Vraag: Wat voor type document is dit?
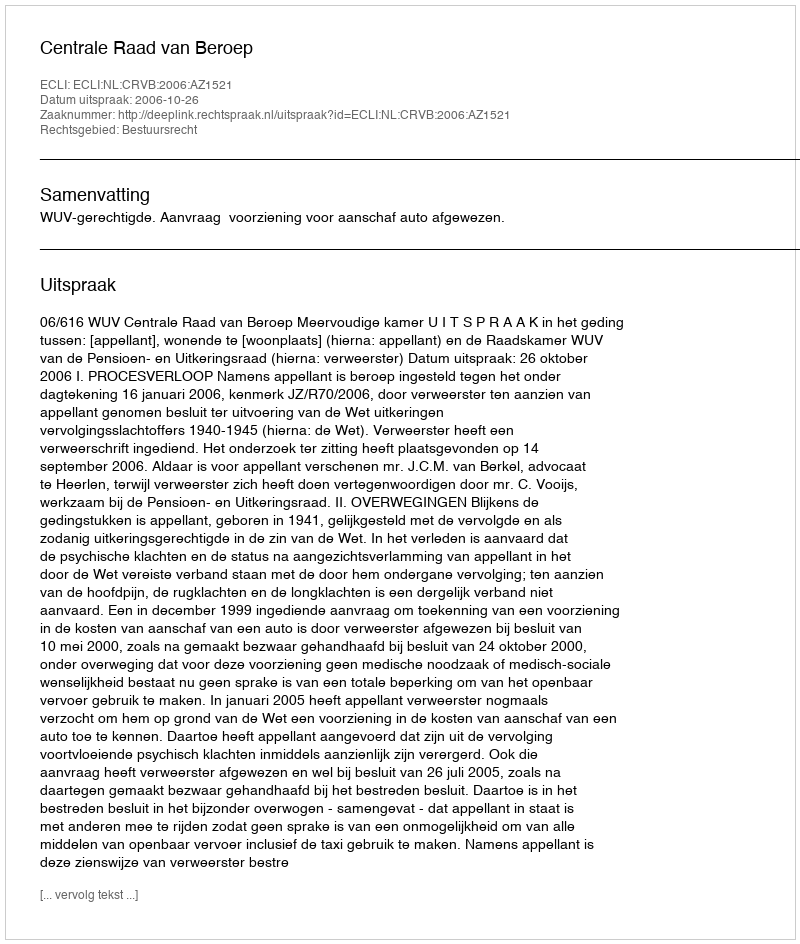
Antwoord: Uitspraak